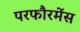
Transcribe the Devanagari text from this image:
परफौरमेंस